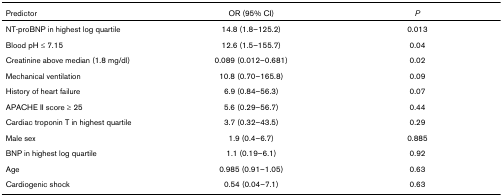
<table><thead><tr><td><b>Predictor</b></td><td><b>OR (95% CI)</b></td><td><b><i>P</i></b></td></tr></thead><tbody><tr><td>NT-proBNP in highest log quartile</td><td>14.8 (1.8–125.2)</td><td>0.013</td></tr><tr><td>Blood pH ≤ 7.15</td><td>12.6 (1.5–155.7)</td><td>0.04</td></tr><tr><td>Creatinine above median (1.8 mg/dl)</td><td>0.089 (0.012–0.681)</td><td>0.02</td></tr><tr><td>Mechanical ventilation</td><td>10.8 (0.70–165.8)</td><td>0.09</td></tr><tr><td>History of heart failure</td><td>6.9 (0.84–56.3)</td><td>0.07</td></tr><tr><td>APACHE II score ≥ 25</td><td>5.6 (0.29–56.7)</td><td>0.44</td></tr><tr><td>Cardiac troponin T in highest quartile</td><td>3.7 (0.32–43.5)</td><td>0.29</td></tr><tr><td>Male sex</td><td>1.9 (0.4–6.7)</td><td>0.885</td></tr><tr><td>BNP in highest log quartile</td><td>1.1 (0.19–6.1)</td><td>0.92</td></tr><tr><td>Age</td><td>0.985 (0.91–1.05)</td><td>0.63</td></tr><tr><td>Cardiogenic shock</td><td>0.54 (0.04–7.1)</td><td>0.63</td></tr></tbody></table>